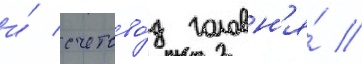
и́ счетово́д головн'я́ //